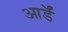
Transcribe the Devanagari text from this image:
आर्डॅ